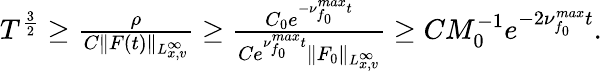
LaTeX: \begin{array}{r}{T^{\frac{3}{2}}\geq\frac{\rho}{C\| F(t)\| _{L_{x,v}^{\infty}}}\geq\frac{C_{0}e^{-\nu_{f_{0}}^{max}t}}{Ce^{\nu_{f_{0}}^{max}t}\| F_{0}\| _{L_{x,v}^{\infty}}}\geq CM_{0}^{-1}e^{-2\nu_{f_{0}}^{max}t}.}\end{array}